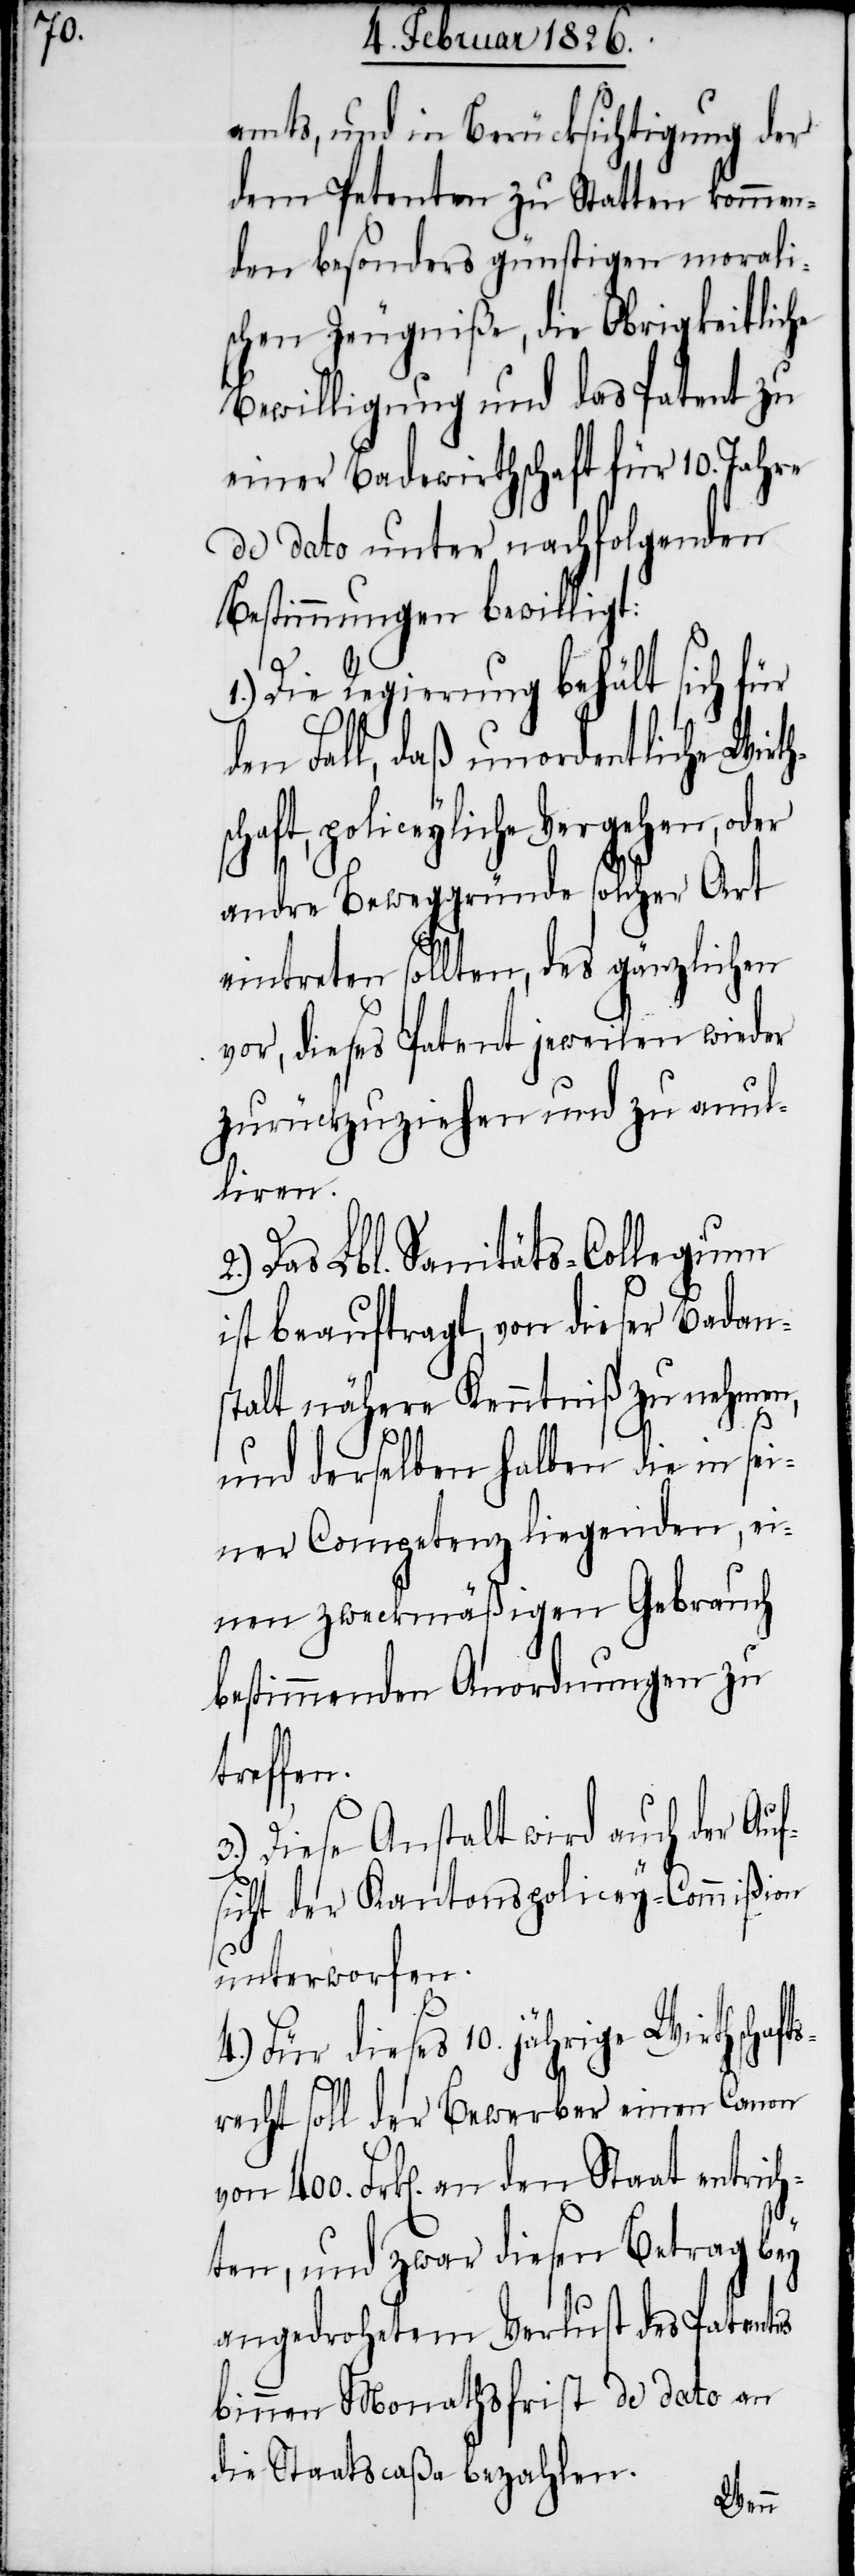
ts¬

amts, und in Berücksichtigung der
dem Petenten zu Statten kommen¬
den besonders günstigen morali¬
schen Zeugniße, die Obrigkeitliche
Bewilligung und das Patent zu
einer Badewirthschaft für 10. Jahre
de dato unter nachfolgenden
Bestimmungen bewilligt:
1.) Die Regierung behält sich für
den Fall, daß unordentliche Wirt¬
hschaft, policeyliche
andre Beweggründe solcher Art
eintreten sollten, des gänzlichen
vor, dieses Patent jeweilen wieder
zurückzuziehen und zu anul¬
liren.
Das Lbl. Sanitäts-Collegium
ist beauftragt, von dieser Badan¬
stalt nähere Kenntniß zu nehmen,
und derselben halben die in sei¬
ner Competenz liegenden, ei¬
nen zweckmäßigen Gebrauch
bestimmenden Anordnungen zu
treffen.
3.) Diese Anstalt wird auch der Auf¬
sicht der Kantonspolicey-Commißion
unterworfen.
Für dieses 10. jährige Wirthschaf¬
recht soll der Bewerber einen Canon
von 400. Frk[en]. an den Staat entrich¬
ten, und zwar diesen Betrag bey
angedrohetem Verlust des Patentes
binnen Monathsfrist de dato an
die Staatscaßa bezahlen.